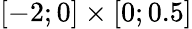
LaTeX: [-2;0]\times[0;0.5]